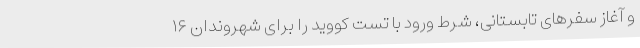
و آغاز سفرهای تابستانی، شرط ورود با تست کووید را برای شهروندان ۱۶